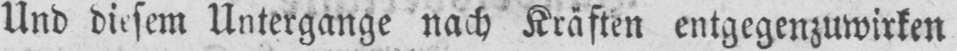
Und diesem Untergange nach Kräften entgegenzuwirken